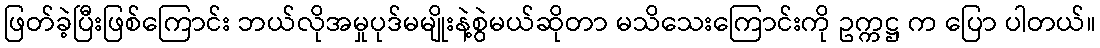
ဖြတ်ခဲ့ပြီးဖြစ်ကြောင်း ဘယ်လိုအမှုပုဒ်မမျိုးနဲ့စွဲမယ်ဆိုတာ မသိသေးကြောင်းကို ဥက္ကဋ္ဌ က ပြော ပါတယ်။